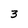
Character: 3